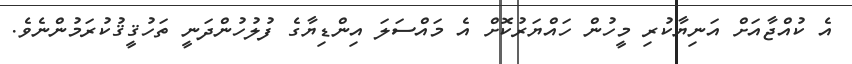
އެ ކުއްޖާއަށް އަނިޔާކުރި މީހުން ހައްޔަރުކޮށް އެ މައްސަލަ އިންޑިޔާގެ ފުލުހުންދަނީ ތަހުޤީޤުކުރަމުންނެވެ.